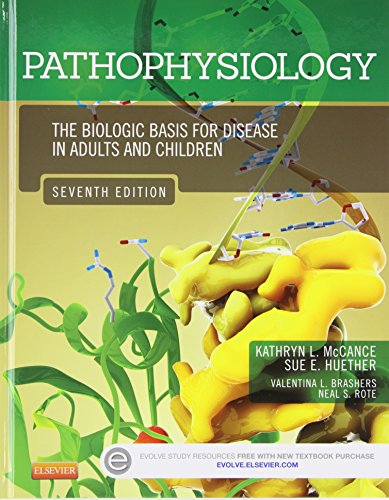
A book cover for Pathophysiology - Text and Study Guide Package: The Biologic Basis for Disease in Adults and Children, 7e; Kathryn L. McCance RN  PhD; Medical Books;